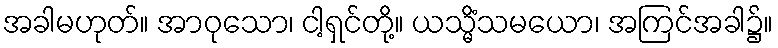
အခါမဟုတ်။ အာဝုသော၊ ငါ့ရှင်တို့။ ယသ္မိံသမယော၊ အကြင်အခါ၌။